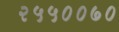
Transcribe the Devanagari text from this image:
२५५००७०